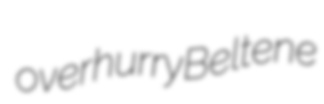
overhurry Beltene